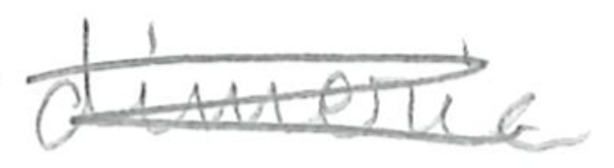
Text: dimeric
Cross-out: mix
Writing tool: pencil